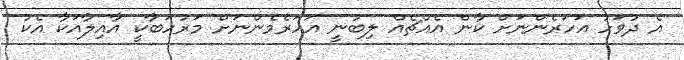
އެ ދުވަހު އަހަރެންނަށް ކާން އެއްޗެއް ލިބުނީ އަހަރެމެންނަށް މަރުހަބާކީ އާއިލާއަކާ އެކު